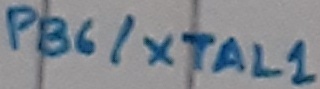
Text: PB6/XTAL1